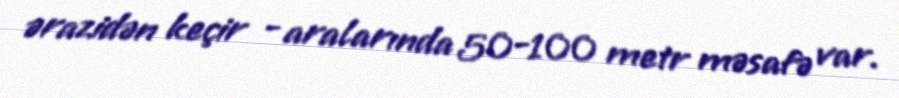
ərazidən keçir - aralarında 50-100 metr məsafə var.